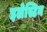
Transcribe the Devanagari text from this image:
इलेस्टिन